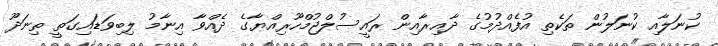
ކުނަލާއި ކުނަލުން ތަކެތި އުފެއްދުމުގެ ދާއިރާއިން ރައީސުލްޖުމްހޫރިއްޔާގެ ދެއްވާ އިނާމު ލިބިވަޑައިގަތީ ތިނަދޫ